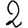
Digit: 2